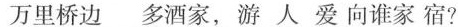
\underline{万里桥边 多酒家，游 爱向谁家宿?}